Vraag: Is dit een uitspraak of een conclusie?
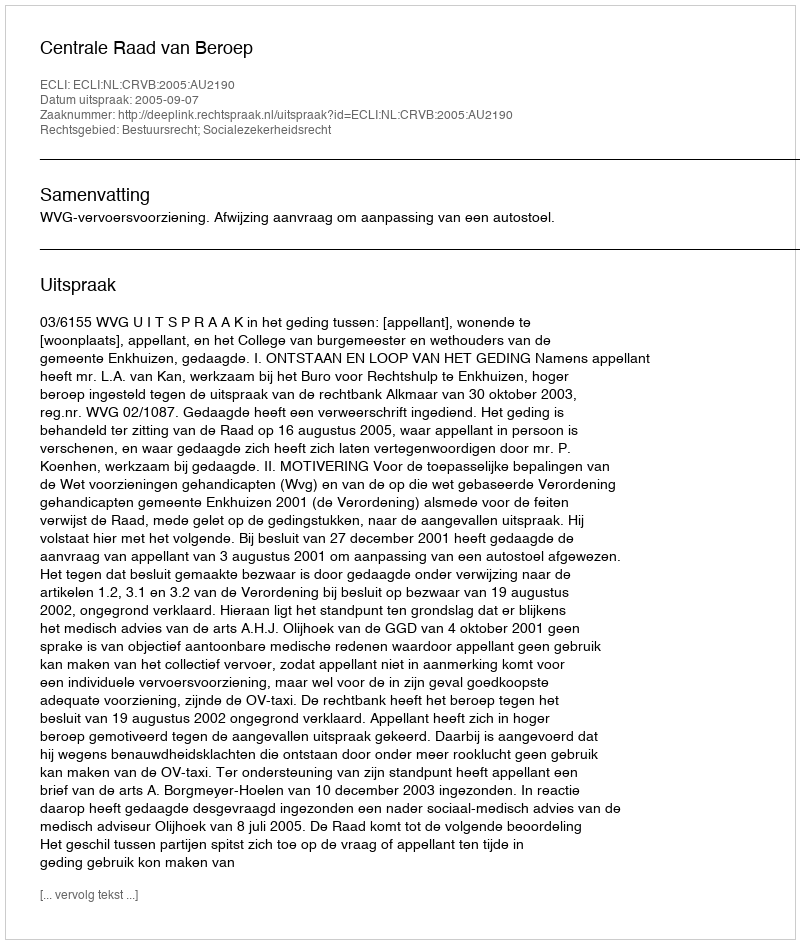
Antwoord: Uitspraak